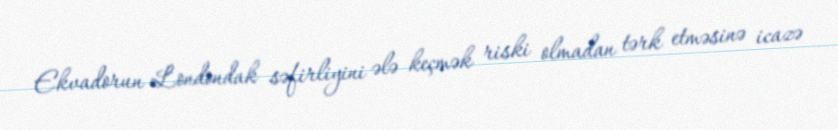
Ekvadorun Londondak səfirliyini ələ keçmək riski olmadan tərk etməsinə icazə